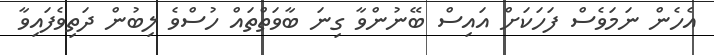
އެހެން ނަމަވެސް ފަހަކަށް އައިސް ބޭނުންވާ ގިނަ ބާވަތްތައް ހުސްވެ ލިބުން ދަތިވެފައިވާ